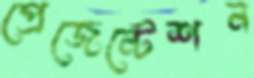
প্রেজেন্টেশন